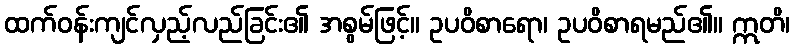
ထက်ဝန်းကျင်လှည့်လည်ခြင်း၏ အစွမ်ဖြင့်။ ဥပဝိစာရော၊ ဥပဝိစာရမည်၏။ ဣတိ၊